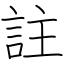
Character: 註